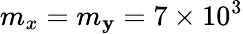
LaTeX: m_{x}=m_{\mathbf{y}}=7\times10^{3}